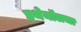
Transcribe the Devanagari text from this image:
इथेनॉलचा